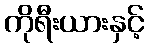
ကိုရီးယားနှင့်